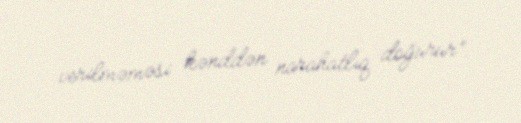
verilməməsi kənddən narahatlıq doğurur”.